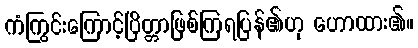
ကံကြွင်းကြောင့်ပြိတ္တာဖြစ်ကြရပြန်၏ဟု ဟောထား၏။